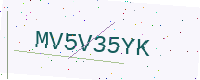
Text: MV5V35YK